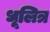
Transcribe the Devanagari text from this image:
धूलित्र